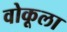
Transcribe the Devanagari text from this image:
वोकूला